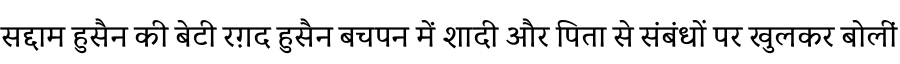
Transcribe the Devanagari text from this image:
सद्दाम हुसैन की बेटी रग़द हुसैन बचपन में शादी और पिता से संबंधों पर खुलकर बोलीं